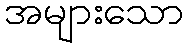
အများသော